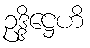
ဥဒ္ဒိဋ္ဌေဟိ